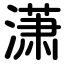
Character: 潇